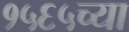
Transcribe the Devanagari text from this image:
१५६५च्या